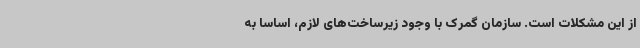
از این مشکلات است. سازمان گمرک با وجود زیرساخت‌های لازم، اساساً به